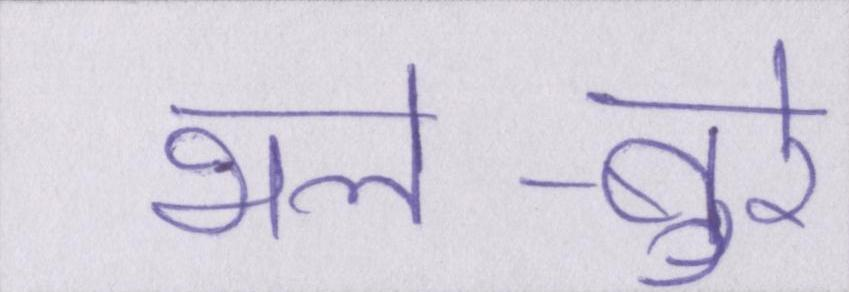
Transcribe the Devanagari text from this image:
भले-बुरे